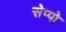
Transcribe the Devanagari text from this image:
सेप्पो